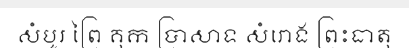
សំបូរ ព្រៃ គុក ប្រាសាទ សំរោង ព្រះធាតុ